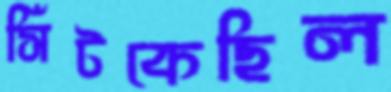
সিঁটকেছিল